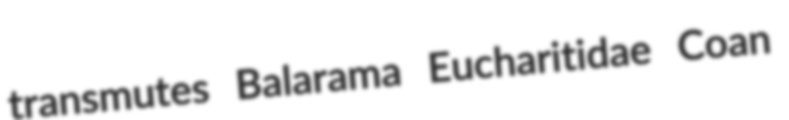
transmutes Balarama Eucharitidae Coan